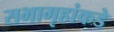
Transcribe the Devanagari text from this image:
सभागृहांकडे